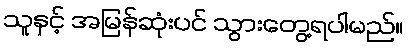
သူနှင့် အမြန်ဆုံးပင် သွားတွေ့ရပါမည်။